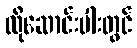
ထိုဆောင်းပါးတွင်